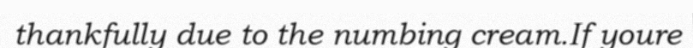
thankfully due to the numbing cream.If youre